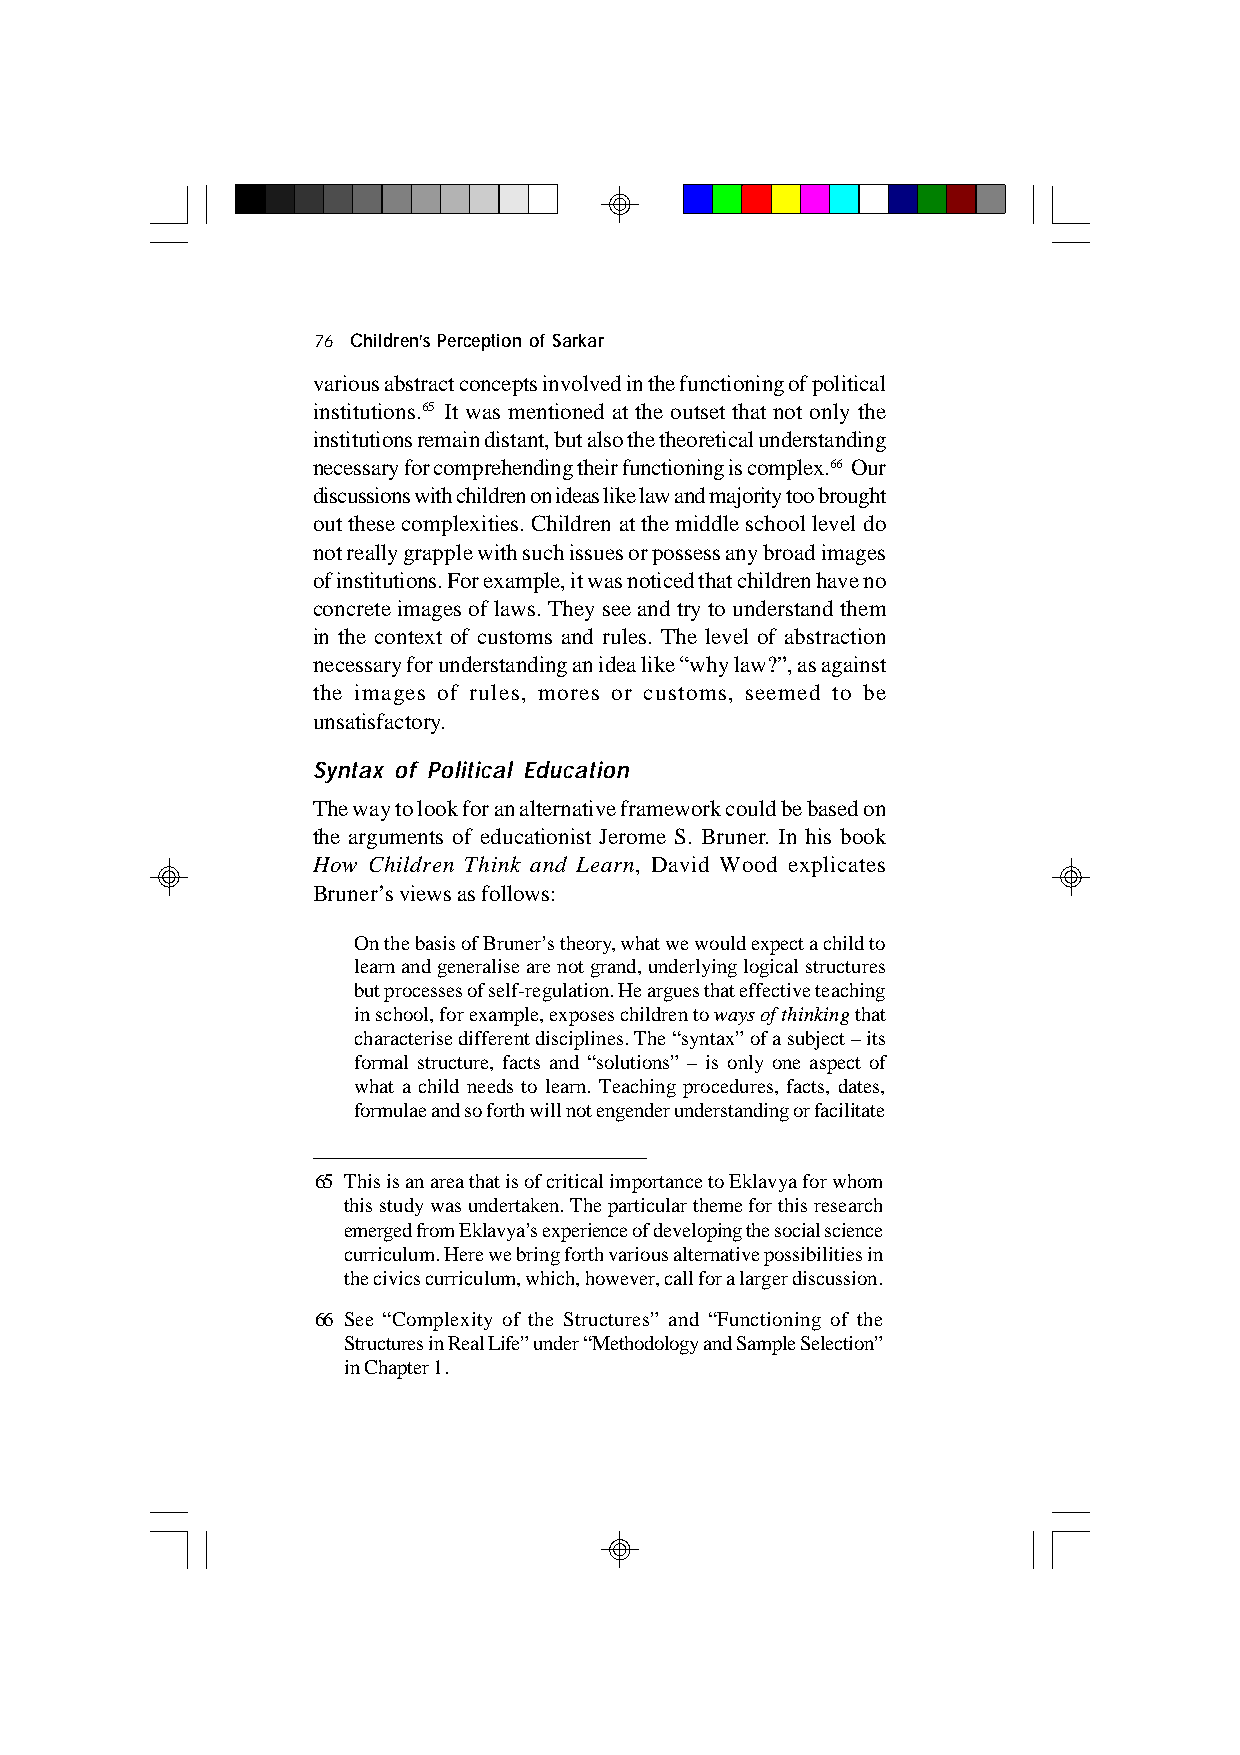
76 Children’s Perception of Sarkar
 various abstract concepts involved in the functioning of political
 institutions.65 It was mentioned at the outset that not only the
 institutions remain distant, but also the theoretical understanding
 necessary for comprehending their functioning is complex.66 Our
 discussions with children on ideas like law and majority too brought
 out these complexities. Children at the middle school level do
 not really grapple with such issues or possess any broad images
 of institutions. For example, it was noticed that children have no
 concrete images of laws. They see and try to understand them
 in the context of customs and rules. The level of abstraction
 necessary for understanding an idea like “why law?”, as against
 the images of rules, mores or customs, seemed to be
 unsatisfactory.
 Syntax of Political Education
 The way to look for an alternative framework could be based on
 the arguments of educationist Jerome S. Bruner. In his book
 How Children Think and Learn, David Wood explicates
 Bruner’s views as follows:
 On the basis of Bruner’s theory, what we would expect a child to
 learn and generalise are not grand, underlying logical structures
 but processes of self-regulation. He argues that effective teaching
 in school, for example, exposes children to ways of thinking that
 characterise different disciplines. The “syntax” of a subject – its
 formal structure, facts and “solutions” – is only one aspect of
 what a child needs to learn. Teaching procedures, facts, dates,
 formulae and so forth will not engender understanding or facilitate
 65 This is an area that is of critical importance to Eklavya for whom
 this study was undertaken. The particular theme for this research
 emerged from Eklavya’s experience of developing the social science
 curriculum. Here we bring forth various alternative possibilities in
 the civics curriculum, which, however, call for a larger discussion.
 66 See “Complexity of the Structures” and “Functioning of the
 Structures in Real Life” under “Methodology and Sample Selection”
 in Chapter 1.